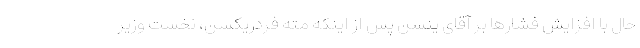
حال با افزایش فشارها بر آقای ینسن پس از اینکه مته فردریکسن، نخست وزیر